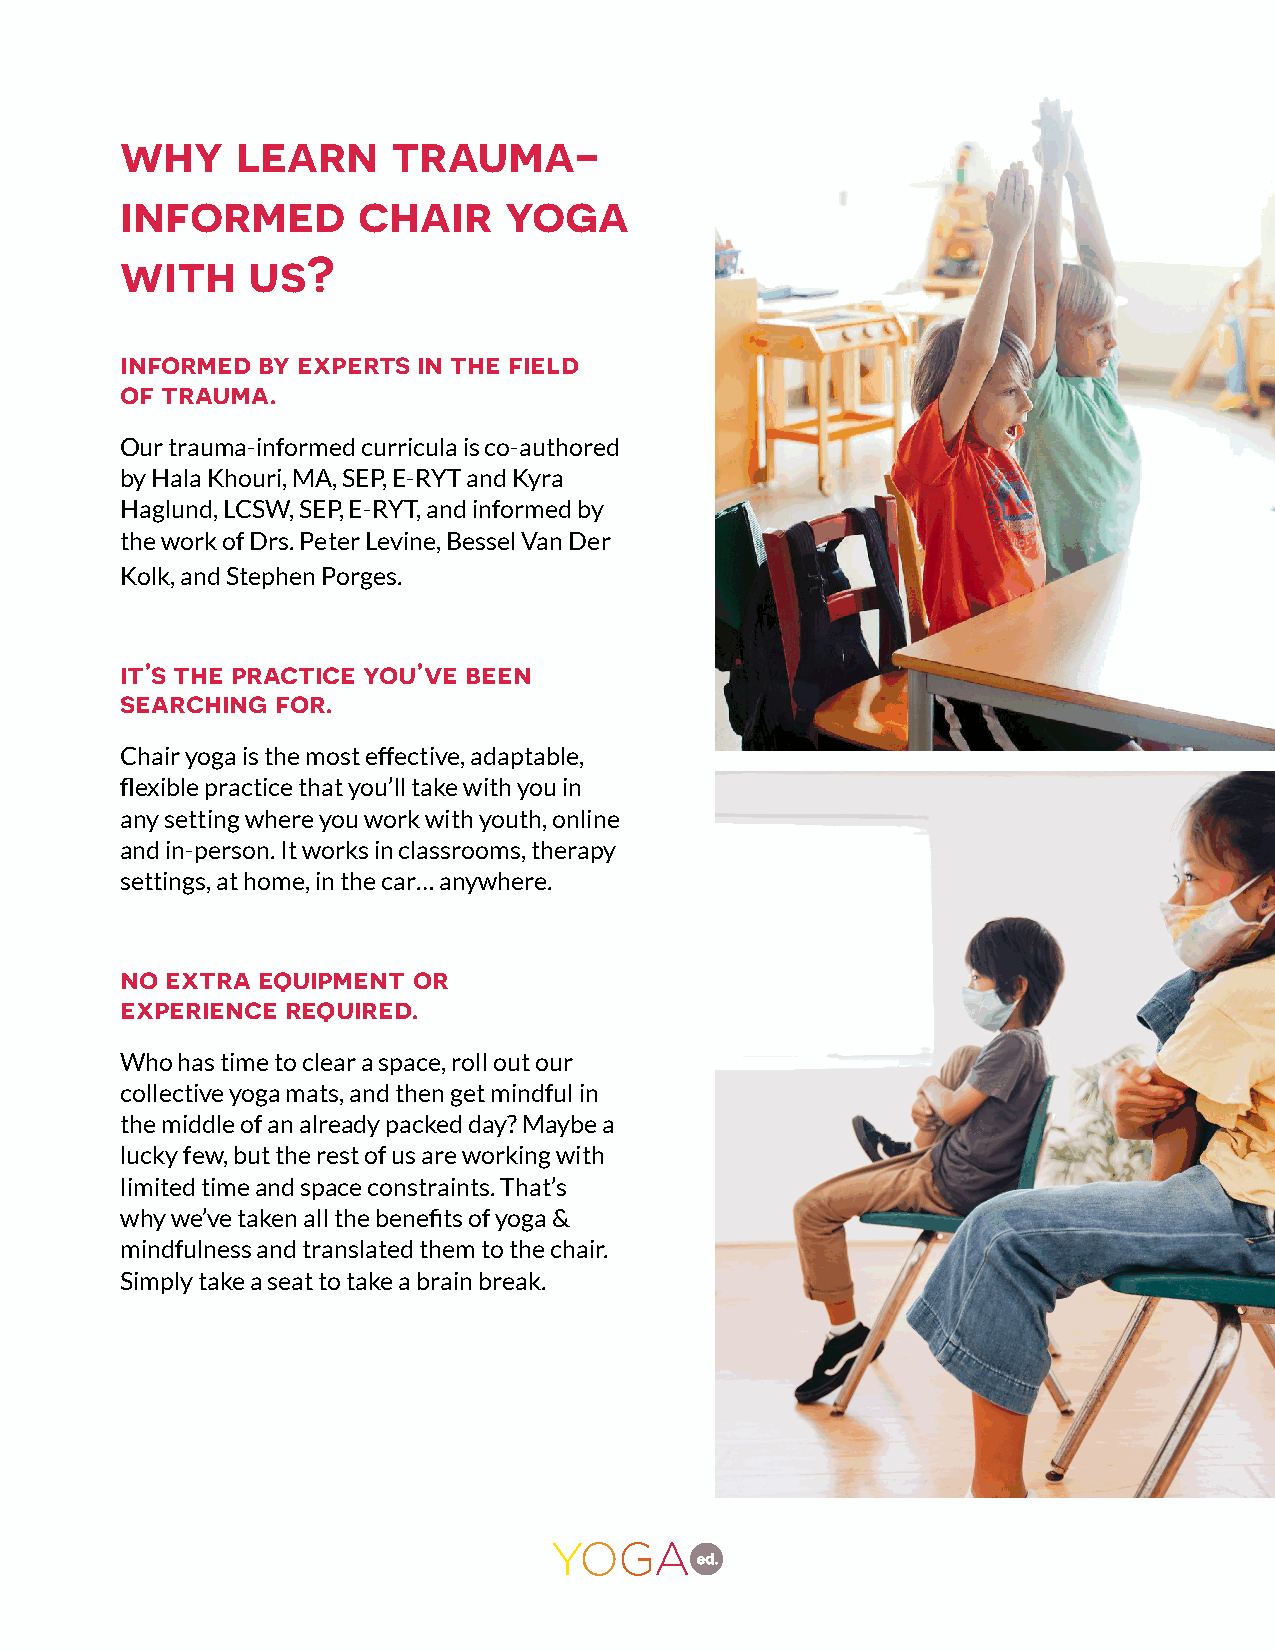
why     learn     trauma-
 informed        chair    yoga
 with    us?
 informed by experts in the field
 of trauma.
 Our trauma-informed curricula is co-authored
 by Hala Khouri, MA, SEP, E-RYT and Kyra
 Haglund, LCSW, SEP, E-RYT, and informed by
 the work of Drs. Peter Levine, Bessel Van Der
 Kolk, and Stephen Porges.
 it’s the practice you’ve been
 searching for.
 Chair yoga is the most effective, adaptable,
 flexible practice that you’ll take with you in
 any setting where you work with youth, online
 and in-person. It works in classrooms, therapy
 settings, at home, in the car… anywhere.
 no extra equipment or
 experience required.
 Who has time to clear a space, roll out our
 collective yoga mats, and then get mindful in
 the middle of an already packed day? Maybe a
 lucky few, but the rest of us are working with
 limited time and space constraints. That’s
 why we’ve taken all the benefits of yoga &
 mindfulness and translated them to the chair.
 Simply take a seat to take a brain break.